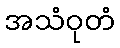
အသံဝုတံ